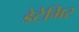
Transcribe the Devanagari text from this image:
डेटेमिर